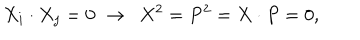
X _ { i } \cdot X _ { j } = 0 \, \, \rightarrow \, \, \, X ^ { 2 } = P ^ { 2 } = X \cdot P = 0 ,